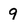
Character: 9